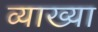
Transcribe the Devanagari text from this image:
व्याख्‍या